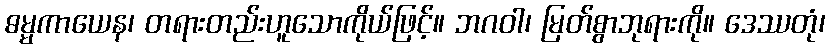
ဓမ္မကာယေန၊ တရားတည်းဟူသောကိုယ်ဖြင့်။ ဘဂဝါ၊ မြတ်စွာဘုရားကို။ ဒေဿတုံ၊